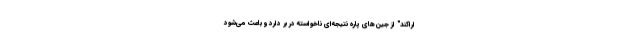
اراکند" از جین‌های پاره نتیجه‌ای ناخواسته در بر دارد و باعث می‌شود